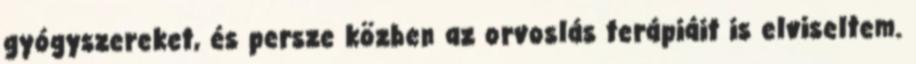
gyógyszereket, és persze közben az orvoslás terápiáit is elviseltem.